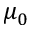
\mu _ { 0 }